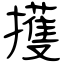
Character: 擭